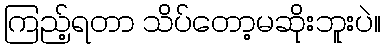
ကြည့်ရတာ သိပ်တော့မဆိုးဘူးပဲ။